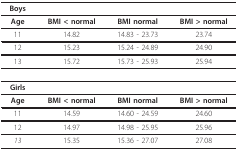
<table><thead><tr><td><b>Boys</b></td><td></td><td></td><td></td></tr></thead><tbody><tr><td><b>Age</b></td><td><b>BMI &lt; normal</b></td><td><b>BMI normal</b></td><td><b>BMI &gt; normal</b></td></tr><tr><td>11</td><td>14.82</td><td>14.83 - 23.73</td><td>23.74</td></tr><tr><td>12</td><td>15.23</td><td>15.24 - 24.89</td><td>24.90</td></tr><tr><td>13</td><td>15.72</td><td>15.73 - 25.93</td><td>25.94</td></tr><tr><td><b>Girls</b></td><td></td><td></td><td></td></tr><tr><td><b>Age</b></td><td><b>BMI &lt; normal</b></td><td><b>BMI normal</b></td><td><b>BMI &gt; normal</b></td></tr><tr><td>11</td><td>14.59</td><td>14.60 - 24.59</td><td>24.60</td></tr><tr><td>12</td><td>14.97</td><td>14.98 - 25.95</td><td>25.96</td></tr><tr><td><i>13</i></td><td>15.35</td><td>15.36 - 27.07</td><td>27.08</td></tr></tbody></table>